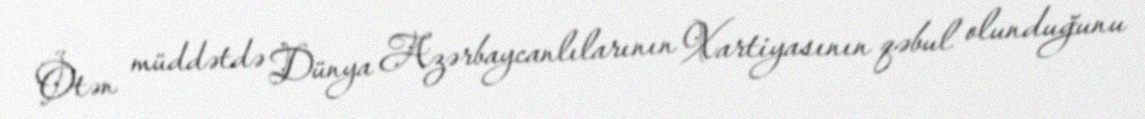
Ötən müddətdə Dünya Azərbaycanlılarının Xartiyasının qəbul olunduğunu